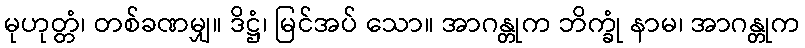
မုဟုတ္တံ၊ တစ်ခဏမျှ။ ဒိဋ္ဌံ၊ မြင်အပ် သော။ အာဂန္တုက ဘိက္ခုံ နာမ၊ အာဂန္တုက